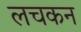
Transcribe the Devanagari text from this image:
लचकन